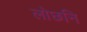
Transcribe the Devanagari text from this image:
लोछनि